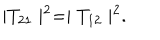
LaTeX: \mid T _ { 2 1 } \mid ^ { 2 } = \mid T _ { 1 2 } \mid ^ { 2 } .